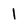
Character: 1